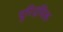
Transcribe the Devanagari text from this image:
यूरिदमिक